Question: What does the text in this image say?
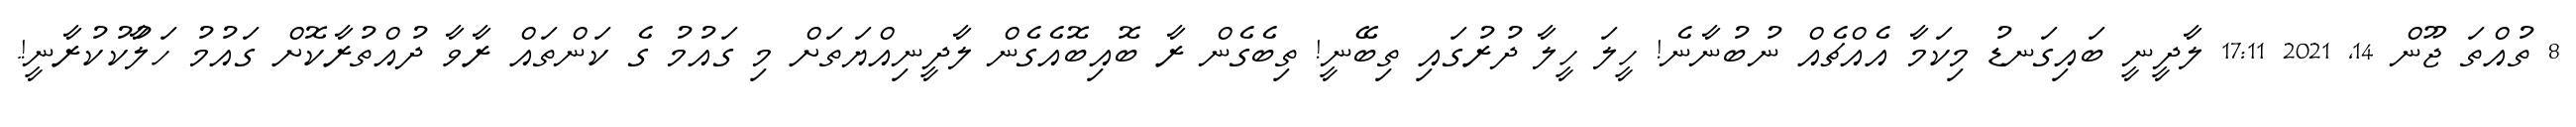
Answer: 8 ތުއްތަ ޖޫން 14, 2021 17:11 ލާދީނީ ބައިގަނޑު މިކަމާ އެއްޗެއް ނުބުނާނެ! ހީލަ ހީލާ ދުރުގައި ތިބޭނީ! ތިބެގެން ރާ ބޮއިބޮއެގެން ލާދީނިއްޔަތަށް މި ގައުމު ގެ ކަންތައް ރާވާ ދުއްތުރާކޮށް ގައުމު ހަލާުކުކުރާނީ!.